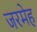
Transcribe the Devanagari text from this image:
जरमेह